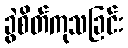
ခွဲစိတ်ကုသခြင်း